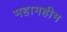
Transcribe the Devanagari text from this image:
महामहीम